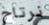
نرتاح